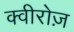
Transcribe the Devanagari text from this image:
क्वीरोज़